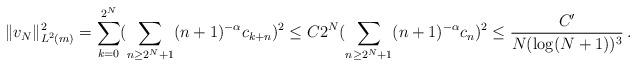
LaTeX: \begin{gather*}\|v_{N}\|_{L^2(m)}^2= \sum_{k=0}^{2^N}(\sum_{n\ge 2^N+1}(n+1)^{-\alpha}c_{k+n})^2\le C2^{N} (\sum_{n\ge 2^N+1} (n+1)^{-\alpha}c_{n})^2 \le \frac{C'}{N(\log (N+1))^3}\, . \end{gather*}